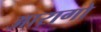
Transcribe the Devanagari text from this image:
आरागो